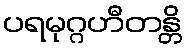
ပရမုဂ္ဂဟီတန္တိ